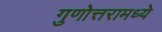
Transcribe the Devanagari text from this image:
गुणोत्तरामध्ये